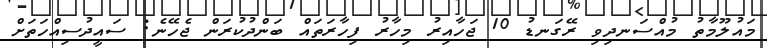
މައުލޫމާތު މުއްސަނދިވި ރޭގަނޑު 10 ޖަހާއިރު މިހާރު ފިހާރަތައް ބަންދުކުރަން ޖެހޭނެ: ސައީދުސިއްހަތަށް